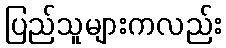
ပြည်သူများကလည်း